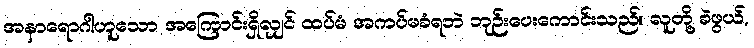
အနာရောဂါဟူသော အကြောင်းရှိလျှင် ထပ်မံ အကပ်မခံရဘဲ ဘုဉ်းပေးကောင်းသည်။ လူတို့ ခဲဖွယ်,